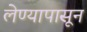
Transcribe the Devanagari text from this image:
लेण्यापासून